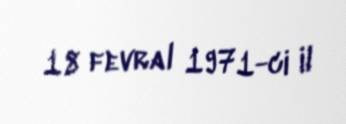
18 fevral 1971-ci il